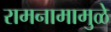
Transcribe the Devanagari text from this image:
रामनामामुळे